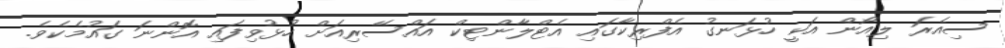
ސިއެރަ ލިއޯން އަކީ ހުޅަނގު އެފްރިކާގައި އެޓްލާންޓިކް އައްސޭރިއަށް ހުޅުވިފައި އޮންނަ ގައުމެކެވެ.